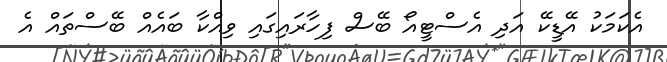
އެކަމަކު އޭޑީކޭ އަދި އެސްޓީއޯ ބޭސް ފިހާރައިގައި ވިއްކާ ބައެއް ބޭސްތައް އެ